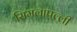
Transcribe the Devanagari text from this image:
सिमलापल्ली